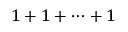
1 + 1 + \cdots + 1